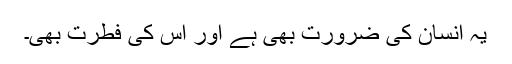
یہ انسان کی ضرورت بھی ہے اور اس کی فطرت بھی۔